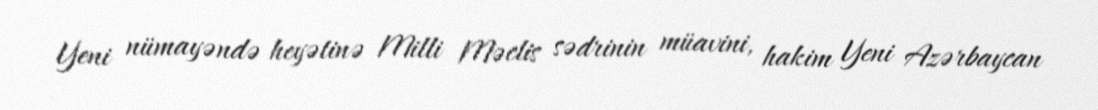
Yeni nümayəndə heyətinə Milli Məclis sədrinin müavini, hakim Yeni Azərbaycan